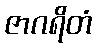
ဇာဂရိတံ